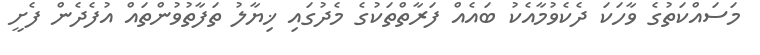
މަސައްކަތުގެ ވާހަކަ ދެކެވުމާއެކު ބައެއް ފަރާތްތަކުގެ މެދުގައި ޚިޔާލު ތަފާތުވުންތައް އުފެދެން ފެށީ